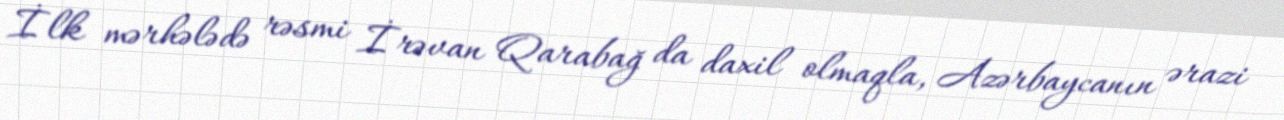
İlk mərhələdə rəsmi İrəvan Qarabağ da daxil olmaqla, Azərbaycanın ərazi